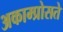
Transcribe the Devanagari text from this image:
अकाम्प्रोसते